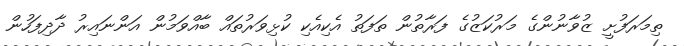
ތިމަރަފުށީ ޒުވާނުންގެ މަރުކަޒުގެ ފަރާތުން ތަފަތު އެކިއެކި ކުޅިވަރުތައް ބާއްވަމުން އަންނައިރު ދާދިފަހުން